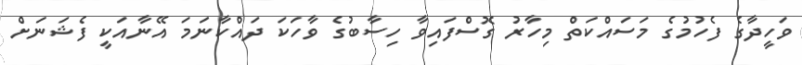
ވަހީދާގެ ފެހުމުގެ މަސައްކަތް މިހާރު ގޮސްފައިވާ ހިސާބުގެ ވާހަކަ ދައްކާނަމަ އޭނާއަކީ ފެޝަނަށް